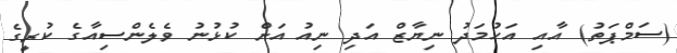
(ސަމްޕަތު) އާއި އަހުމަދު ނިޔާޒް އަދި ނިއު އަށް ކުޅުނު ވެލެންސިއާގެ ކުރީގެ